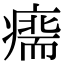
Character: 𤹢